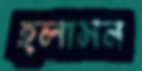
হলাসন